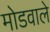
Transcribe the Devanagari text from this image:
मोडवाले